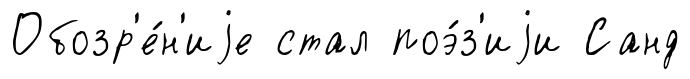
Обозр'е́н'иjе стал поэ́з'иjи Санд